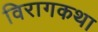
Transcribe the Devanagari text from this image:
विरागकथा